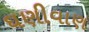
ઘણીવાણ